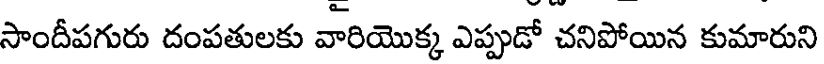
సాందీపగురు దంపతులకు వారియొక్క ఎప్పుడో చనిపోయిన కుమారుని